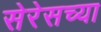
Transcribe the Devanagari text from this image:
सेरेसच्या